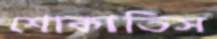
শোকাতিস